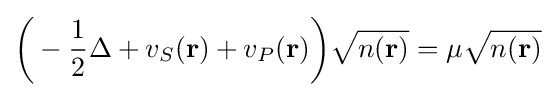
{\bigg (}-{\frac {1}{2}}\Delta +v_{S}(\mathbf {r} )+v_{P}(\mathbf {r} ){\bigg )}{\sqrt {n(\mathbf {r} )}}=\mu {\sqrt {n(\mathbf {r} )}}